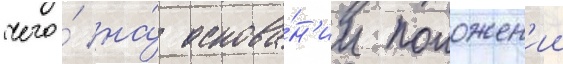
чего́ на́ основа́н'ии положен'ии